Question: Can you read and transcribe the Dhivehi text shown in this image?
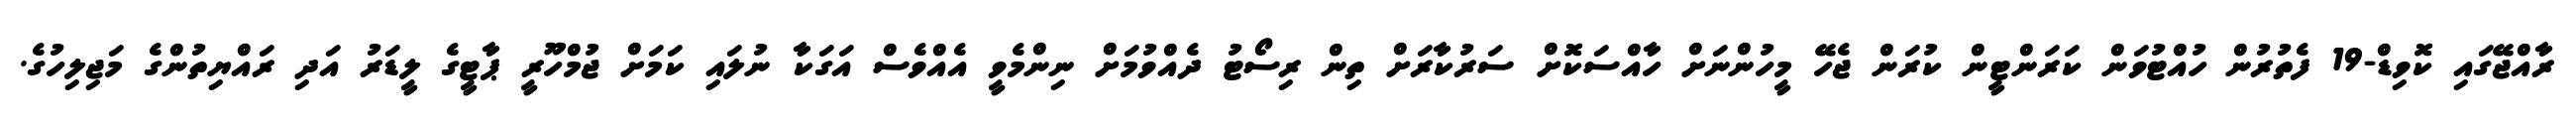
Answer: ރާއްޖޭގައި ކޮވިޑް-19 ފެތުރުން ހުއްޓުވަން ކަރަންޓީން ކުރަން ޖެހޭ މީހުންނަށް ހާއްސަކޮށް ސަރުކާރަށް ތިން ރިސޯޓު ދެއްވުމަށް ނިންމެވީ އެއްވެސް އަގަކާ ނުލައި ކަމަށް ޖުމްހޫރީ ޕާޓީގެ ލީޑަރު އަދި ރައްޔިތުންގެ މަޖިލިހުގެ.